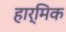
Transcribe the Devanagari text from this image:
हार्मिक